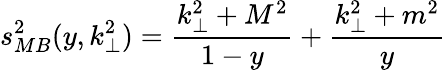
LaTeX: s_{MB}^{2}(y,k_{\perp}^{2})=\frac{k_{\perp}^{2}+M^{2}}{1-y}+\frac{k_{\perp}^{2}+m^{2}}{y}